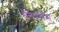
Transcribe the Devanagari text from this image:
गैलेपगौस